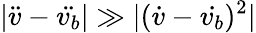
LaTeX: |\ddot{v}-\ddot{v_{b}}|\gg|(\dot{v}-\dot{v_{b}})^{2}|